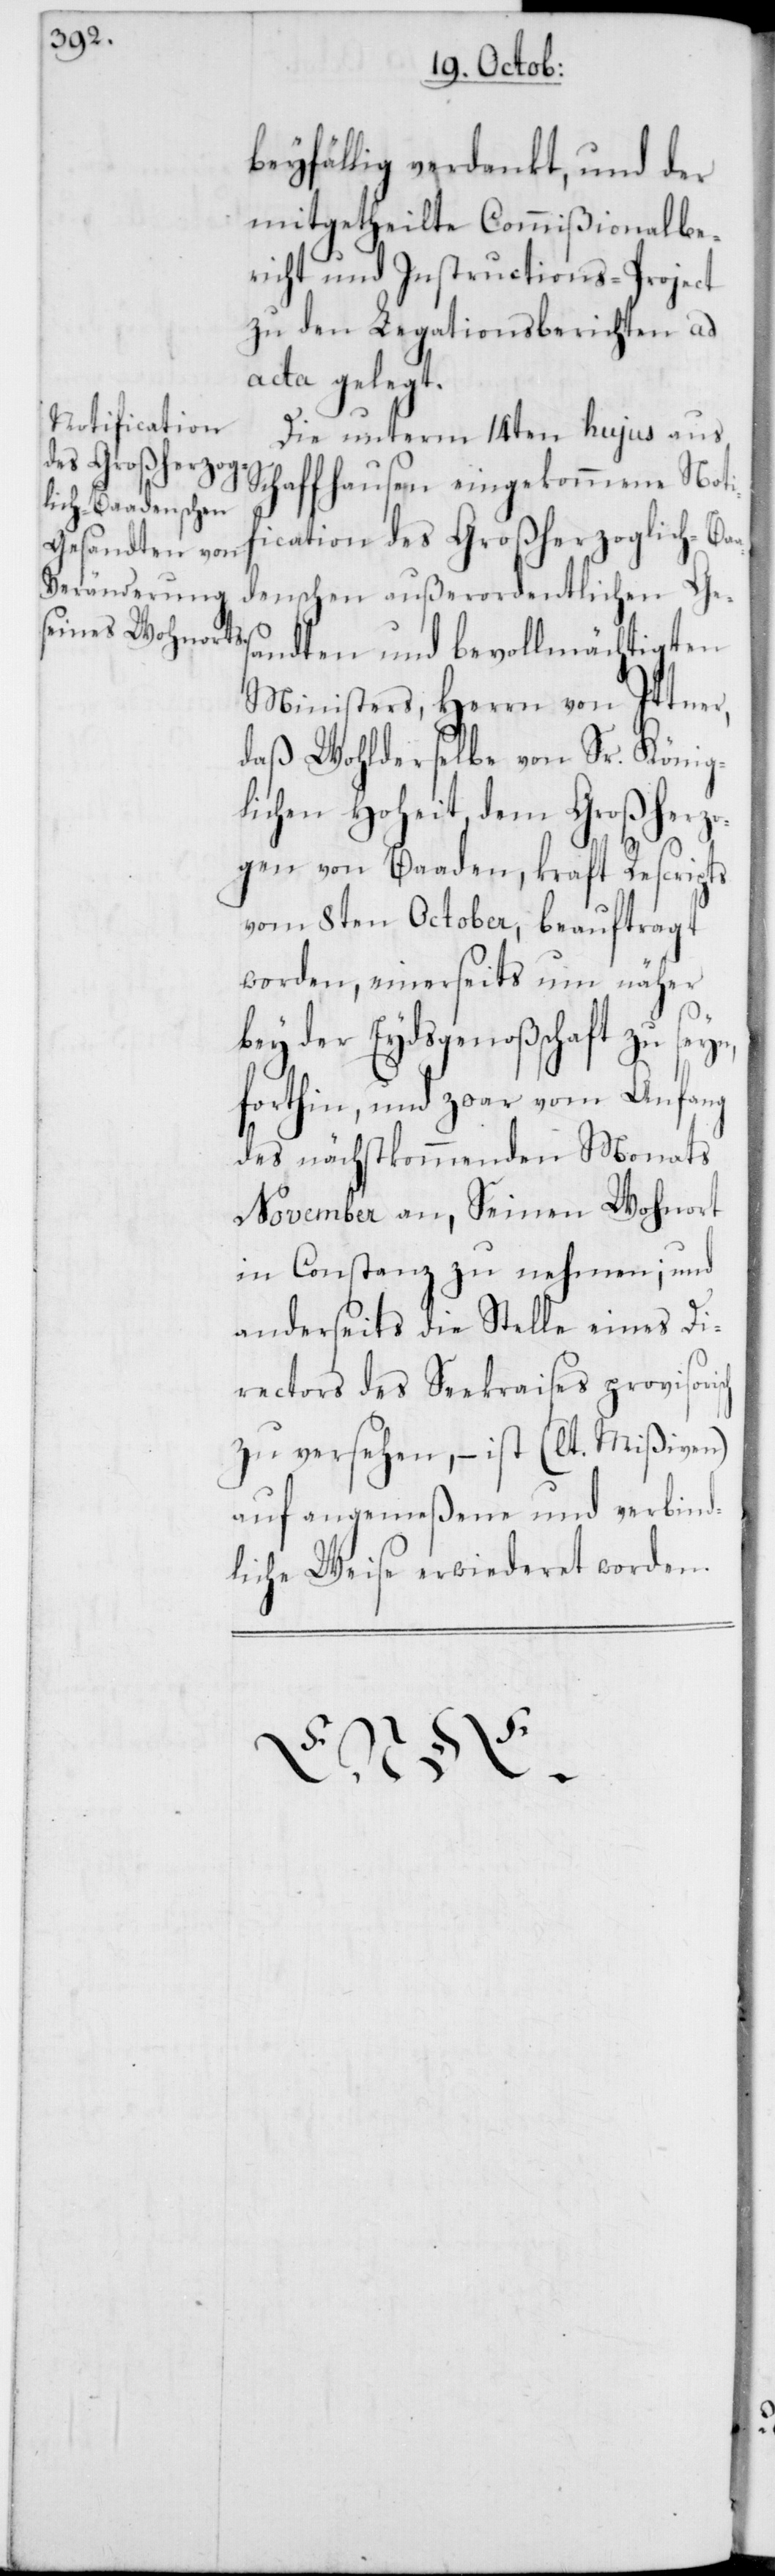
beyfällig verdankt, und der
mitgetheilte Commißionalbe¬
richt und Instructions-Project
zu den Legationsberichten ad
acta gelegt.
Die unterm 14ten hujus aus
Schaffhausen eingekommene Noti¬
fication des Großherzoglich-Ba¬
adenschen außerordentlichen Ge¬
sandten und bevollmächtigten
Ministers, Herrn von Ittner,
daß Wohlderselbe von Sr. König¬
lichen Hoheit, dem Großherz¬
ogen von Baaden, kraft Rescripts
vom 8ten October, beauftragt
worden, einerseits um näher
bey der Eydsgenoßschaft zu seyn,
forthin, und zwar vom Anfang
des nächstkommenden Monats
November an, Seinen Wohnort
in Constanz zu nehmen; und
anderseits die Stelle eines Di¬
rectors des Seekraises provisori¬
zu versehen, – ist (lt. Mißiven)
auf angemeßene und verbind¬
liche Weise erwiederet worden.
sch